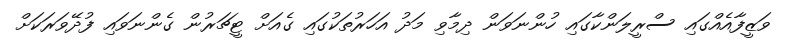
ވަޒީފާއެއްގައި ސްރީލަންކާގައި ހުންނަވަން ދިމާވި މަދު އަހަރުތަކުގައި ގެއަށް ޓީޗަރުން ގެންނަވައި ފުދޭވަރަކަށް